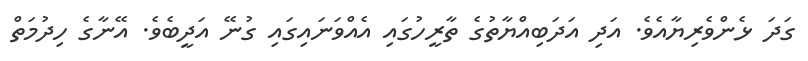
ގަދަ ޅެންވެރިޔާއެވެ. އަދި އަދަބިއްޔާތުގެ ތާރީހުގައި އެއްވަނައިގައި ގުނޭ އަދީބެވެ. އޭނާގެ ހިދުމަތް